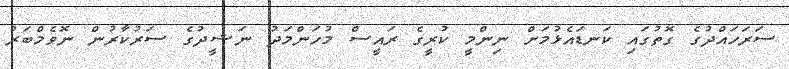
ސަރަހައްދުގެ ގޮތުގައި ކަނޑައެޅުމަށް ނިންމީ ކުރީގެ ރައީސް މުހަންމަދު ނަޝީދުގެ ސަރުކާރުން ނޮވެމްބަރު